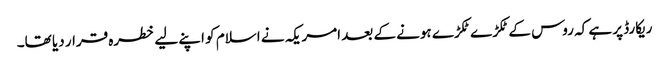
ریکارڈ پر ہے کہ روس کے ٹکڑے ٹکڑے ہونے کے بعد امریکہ نے اسلام کو اپنے لیے خطرہ قرار دیا تھا۔